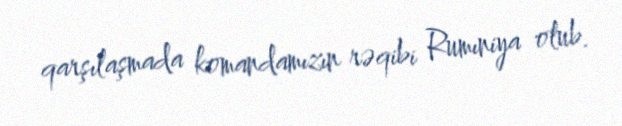
qarşılaşmada komandamızın rəqibi Rumıniya olub.